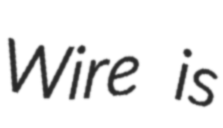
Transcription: Wire is